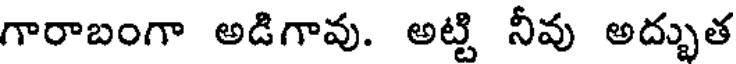
గారాబంగా అడిగావు. అట్టి నీవు అద్భుత